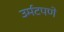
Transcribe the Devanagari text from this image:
उर्मटपणे